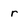
Character: r